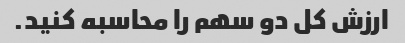
ارزش کل دو سهم را محاسبه کنید.